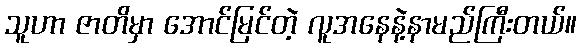
သူဟာ ဇာတိမှာ အောင်မြင်တဲ့ လူအနေနဲ့နာမည်ကြီးတယ်။